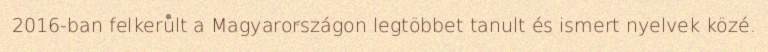
2016-ban felkerült a Magyarországon legtöbbet tanult és ismert nyelvek közé.